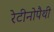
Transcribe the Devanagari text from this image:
रेटीनोपैथी